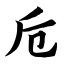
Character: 卮